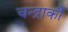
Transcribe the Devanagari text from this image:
चन्द्रार्कौ